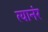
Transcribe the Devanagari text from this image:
त्यानंर